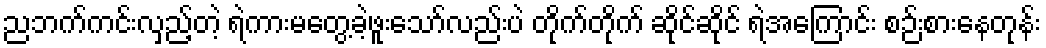
ညဘက်ကင်းလှည့်တဲ့ ရဲကားမတွေ့ခဲ့ဖူးသော်လည်းပဲ တိုက်တိုက် ဆိုင်ဆိုင် ရဲအကြောင်း စဉ်းစားနေတုန်း